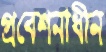
প্রবেশনাধীন